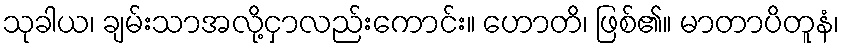
သုခါယ၊ ချမ်းသာအလို့ငှာလည်းကောင်း။ ဟောတိ၊ ဖြစ်၏။ မာတာပိတူနံ၊